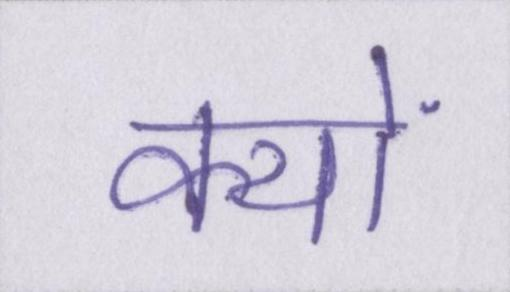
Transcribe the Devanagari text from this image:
क्यों